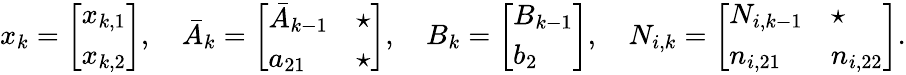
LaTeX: \begin{array}{r}{x_{k}=\left[\begin{array}{l}{x_{k,1}}\\ {x_{k,2}}\end{array}\right],\quad\bar{A}_{k}=\left[\begin{array}{ll}{{\bar{A}}_{k-1}}&{\star}\\ {{a}_{21}}&{\star}\end{array}\right],\quad B_{k}=\left[\begin{array}{l}{{B}_{k-1}}\\ {{b}_{2}}\end{array}\right],\quad N_{i,k}=\left[\begin{array}{ll}{{N}_{i,k-1}}&{\star}\\ {{n}_{i,21}}&{{n}_{i,22}}\end{array}\right].}\end{array}